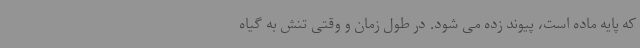
که پایه ماده است، پیوند زده می شود. در طول زمان و وقتی تنش به گیاه